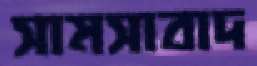
সামসাবাদ